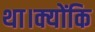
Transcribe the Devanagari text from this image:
था।क्योंकि